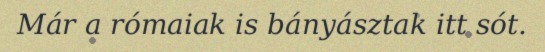
Már a rómaiak is bányásztak itt sót.